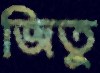
জিতু